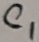
Text: C1